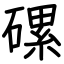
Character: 磥